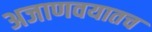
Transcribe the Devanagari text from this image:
अजाणवयातच